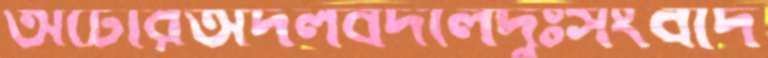
অটোরঅদলবদলেদুঃসংবাদ